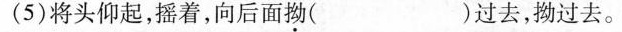
(5)将头仰起，摇着，向后面拗( )过去，拗过去。